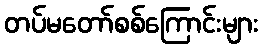
တပ်မတော်စစ်ကြောင်းများ